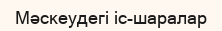
Мәскеудегі іс-шаралар